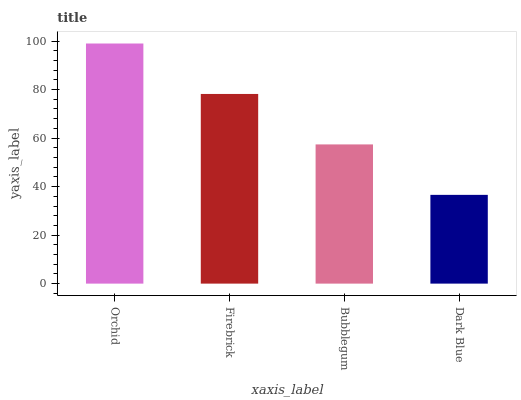
| xaxis_label | bars |
 | --- | --- |
 | Orchid | 99 |
 | Firebrick | 78.2 |
 | Bubblegum | 57.4 |
 | Dark Blue | 36.6 |